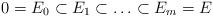
LaTeX: \begin{align*} 0 = E_0 \subset E_1 \subset \ldots \subset E_m = E\end{align*}